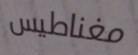
مغناطيس